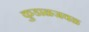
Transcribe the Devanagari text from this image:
कुडाळजवळ